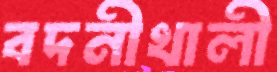
বদনীখালী